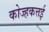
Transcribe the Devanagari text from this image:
कोज्हकत्तई